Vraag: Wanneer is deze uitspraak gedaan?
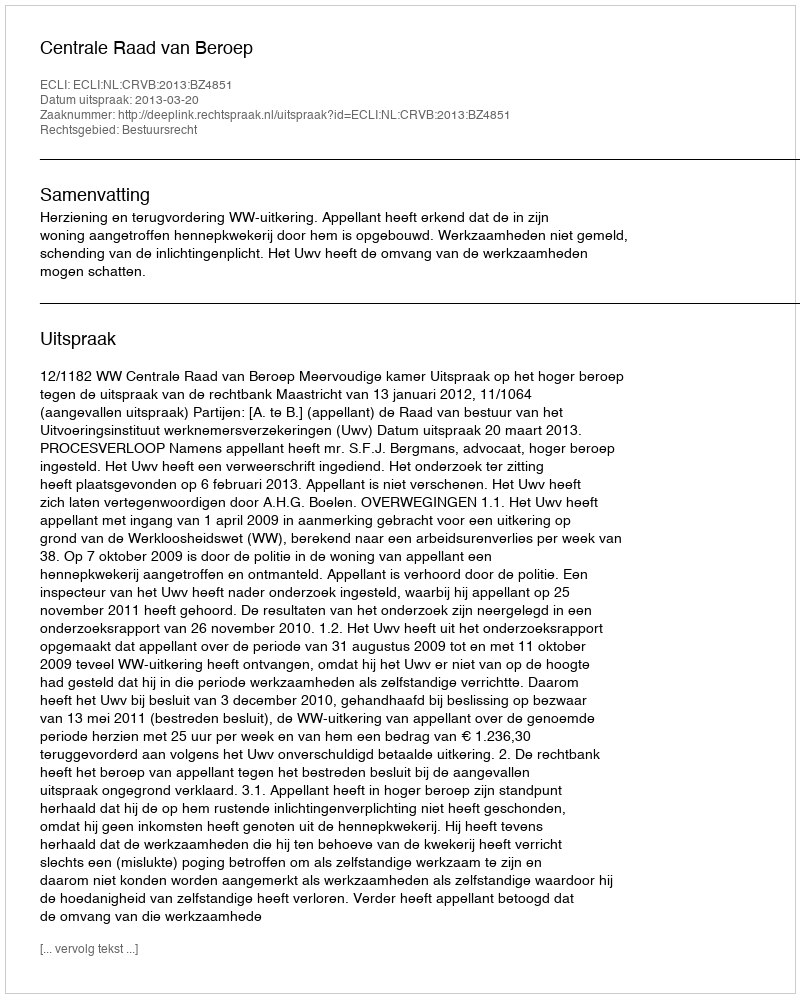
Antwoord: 2013-03-20